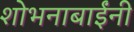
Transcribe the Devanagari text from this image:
शोभनाबाईंनी